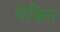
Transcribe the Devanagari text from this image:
चेकिन